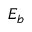
E _ { b }